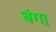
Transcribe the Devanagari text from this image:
बंग।